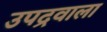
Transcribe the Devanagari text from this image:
उपद्रवाला